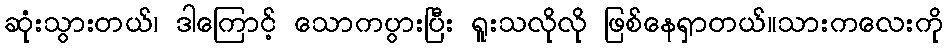
ဆုံးသွားတယ်၊ ဒါကြောင့် သောကပွားပြီး ရူးသလိုလို ဖြစ်နေရှာတယ်။သားကလေးကို